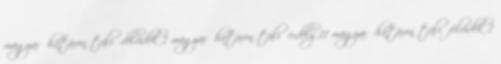
magyar határon túli délvidék 1 magyar határon túli erdély 11 magyar határon túli felvidék 1